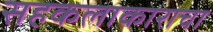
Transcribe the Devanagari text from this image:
सहकलाकाराचा